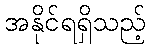
အနိုင်ရရှိသည့်